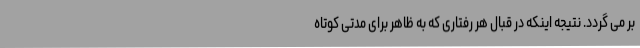
بر می گردد. نتیجه اینکه در قبال هر رفتاری که به ظاهر برای مدتی کوتاه